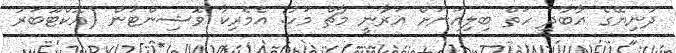
ދުނިޔޭގެ އާބާދީ ހަތް ބިލިއަނަށް އަރާނީ މާޗް މަހު: އެމެރިކާ ވޮޝިންޓަން (އޮކްޓޫބަރު